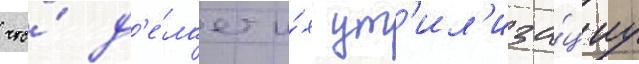
что́ д'е́лает и́х ут'ил'иза́циу